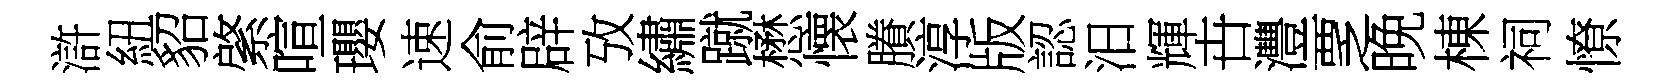
滸紐貂綮喧瓔速俞辟攷繡蹴懋懐賸淳版認汨輝卋灃覂晚棟祠憭